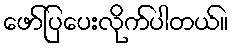
ဖော်ပြပေးလိုက်ပါတယ်။